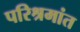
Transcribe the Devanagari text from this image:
परिश्रमांत